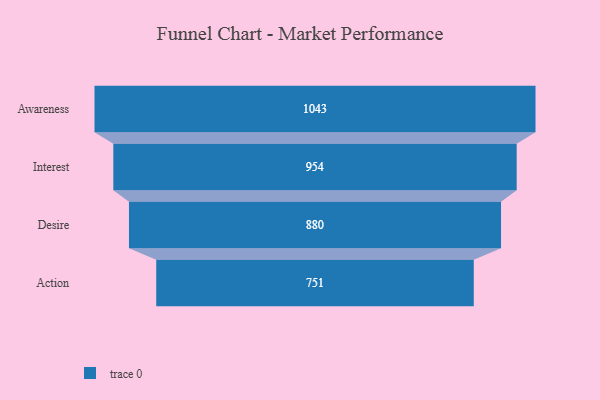
{"axis": {"x": "Stage", "y": "Value"}, "legend": [""], "data": [{"x": "Awareness", "y": 1043.0, "type": ""}, {"x": "Interest", "y": 954.0, "type": ""}, {"x": "Desire", "y": 880.0, "type": ""}, {"x": "Action", "y": 751.0, "type": ""}]}